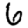
Digit: 6